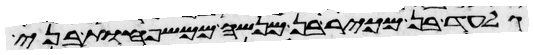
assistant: גלעד בן מכיר בן מנשה ממשפחות בני